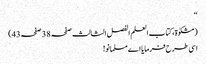
‘‘
(مشکوٰۃ، کتاب العلم الفصل الثالث صفحہ 38 صفحہ43)
اسی طرح فرمایا اے مسلمانو!